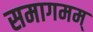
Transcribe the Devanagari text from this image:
समागमम्